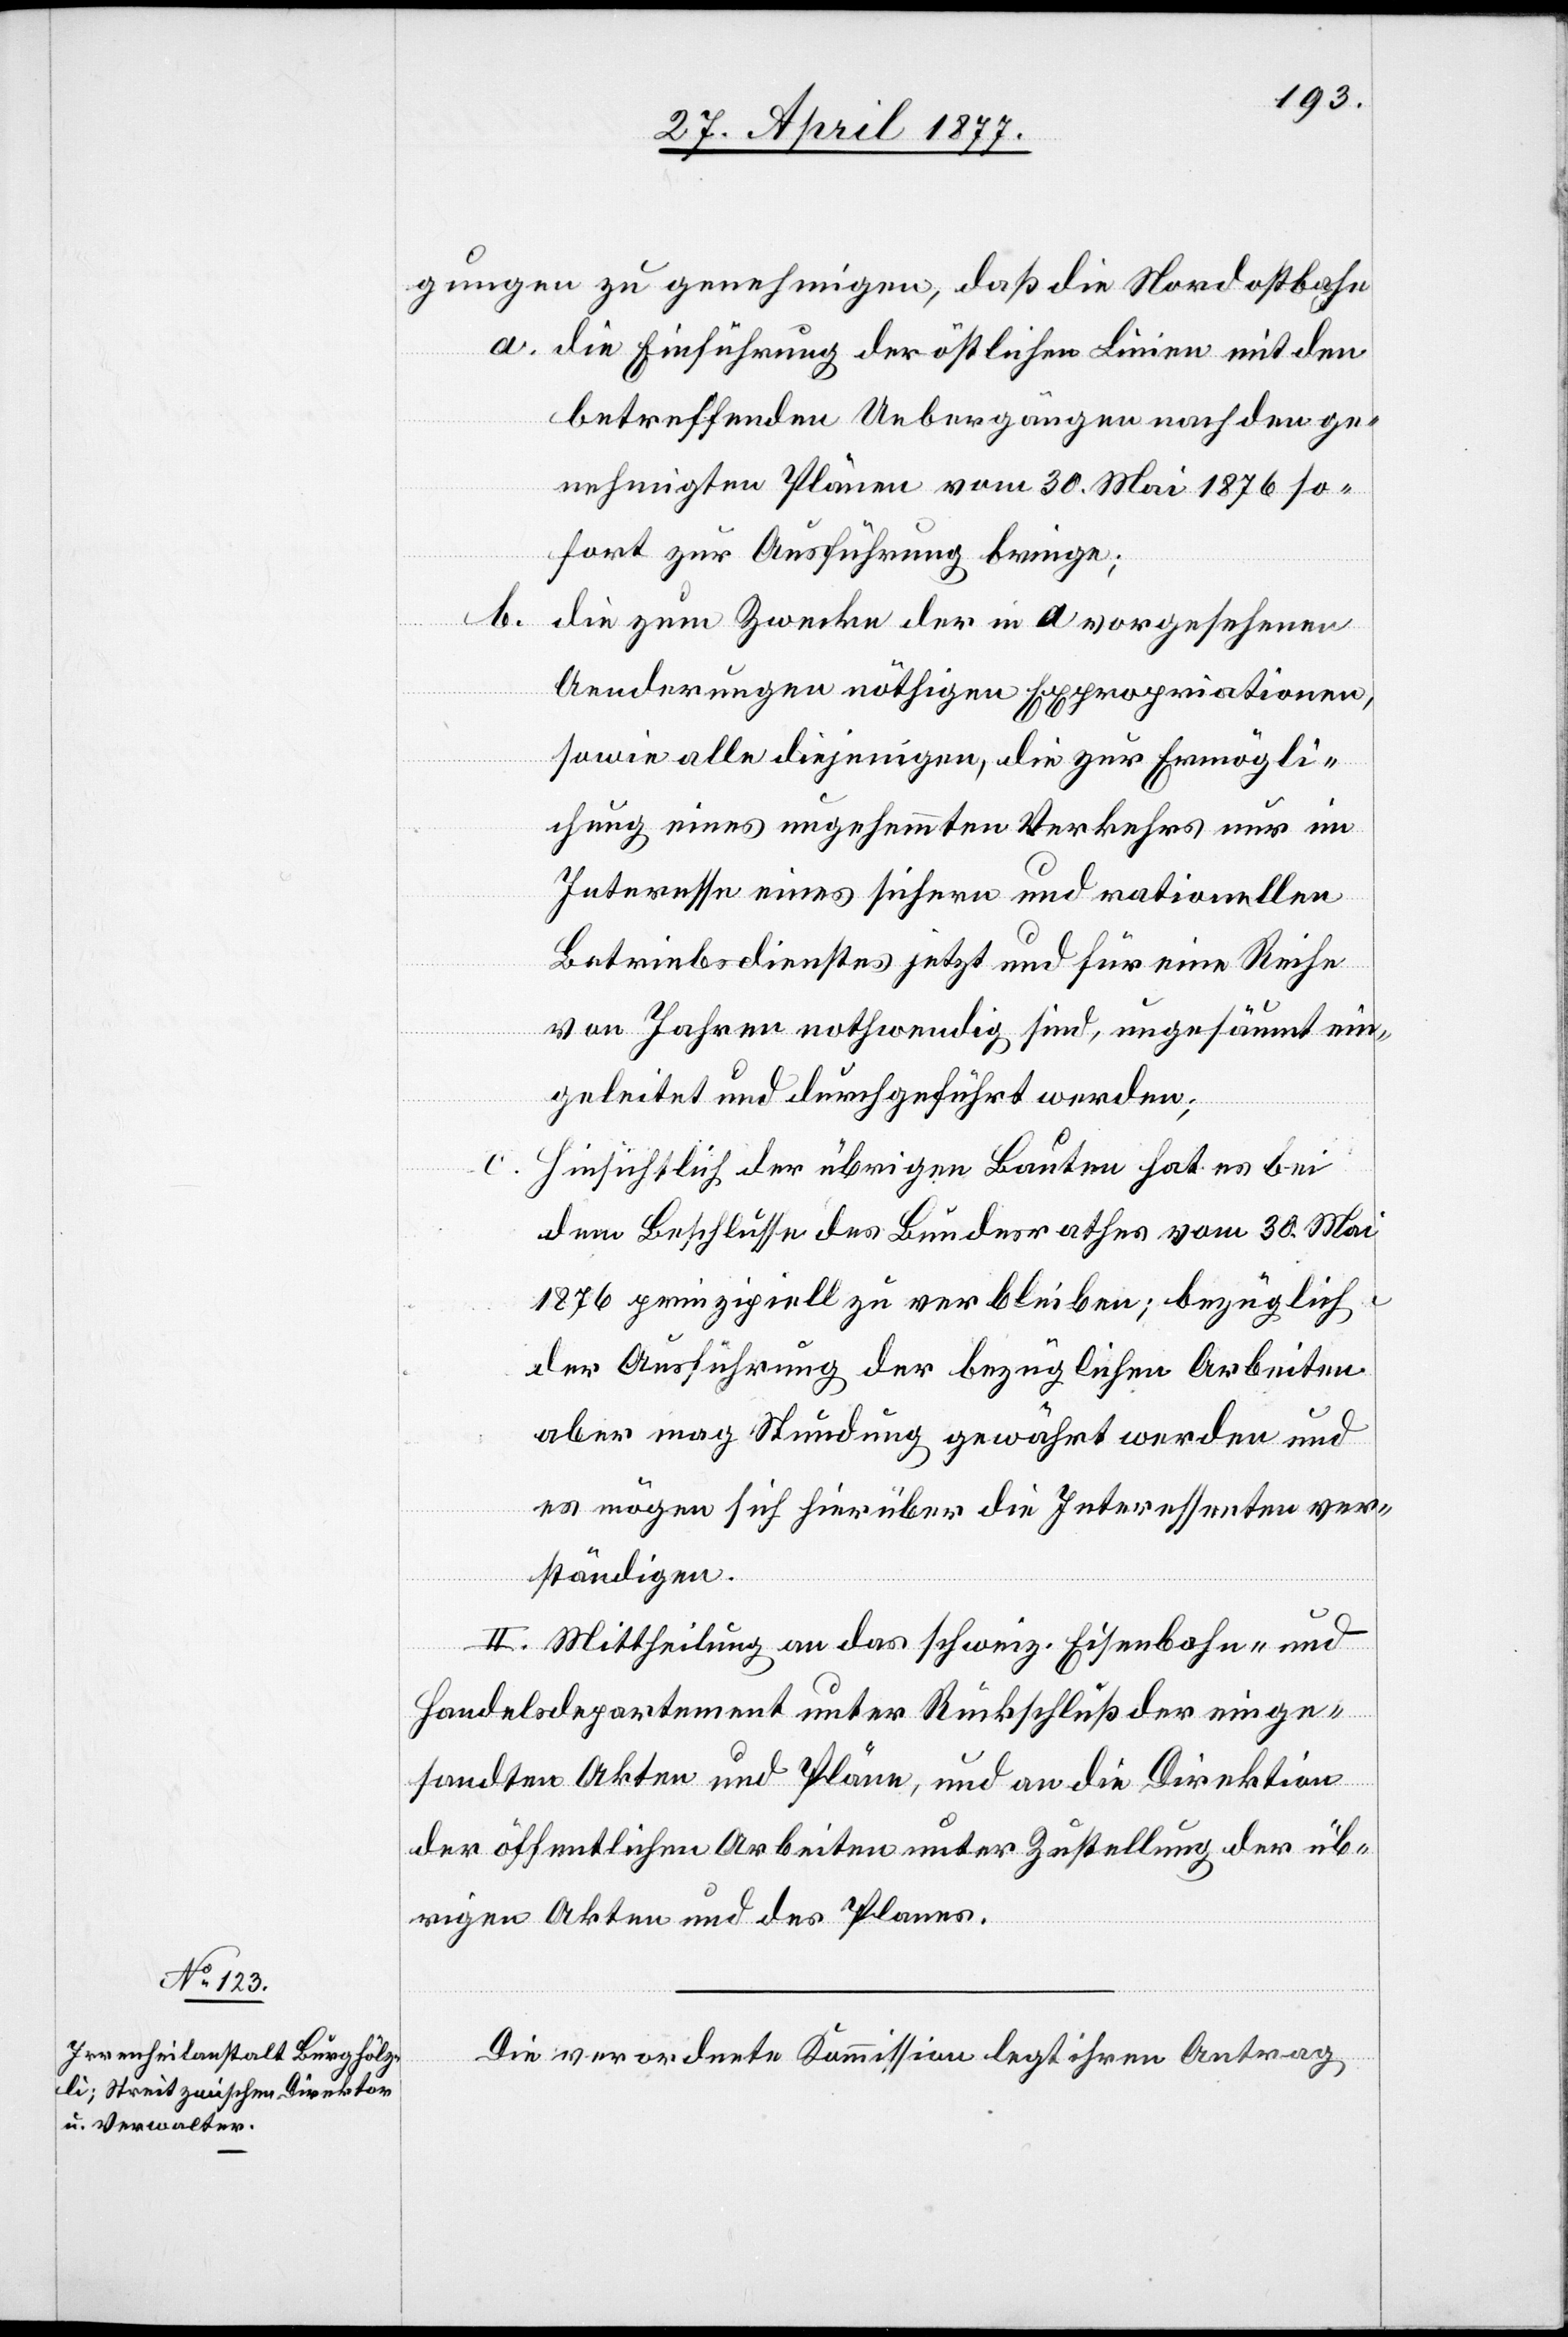
gungen zu genehmigen, daß die Nordostbahn
a. die Einführung der östlichen Linien mit den
betreffenden Uebergängen nach den ge¬
nehmigten Plänen vom 30. Mai 1876 so¬
fort zur Ausführung bringe;
b.
die zum Zwecke der in a vorgesehenen
Aenderungen nöthigen Expropriationen,
sowie alle diejenigen, die zur Ermögli¬
chung eines ungehemmten Verkehrs nur im
Interesse eines sichern und rationellen
Betriebsdienstes jetzt und für eine Reihe
von Jahren nothwendig sind, ungesäumt ein¬
geleitet und durchgeführt werden;
c.
hinsichtlich der übrigen Bauten hat es bei
dem Beschlusse des Bundesrathes vom 30. Mai
1876 prinzipiell zu verbleiben; bezüglich
der Ausführung der bezüglichen Arbeiten
aber mag Stundung gewährt werden und
es mögen sich hierüber die Interessenten ver¬
ständigen.
II. Mittheilung an das schweiz. Eisenbahn- und
Handelsdepartement unter Rückschluß der einge¬
sandten Akten und Pläne, und an die Direktion
der öffentlichen Arbeiten unter Zustellung der üb¬
rigen Akten und des Planes.
Die verordnete Kommission legt ihren Antrag